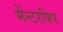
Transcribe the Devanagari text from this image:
मेंन्टरषिप